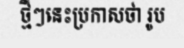
ថ្មីៗនេះប្រកាសថា រូប